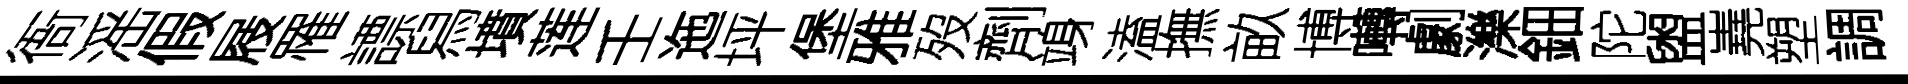
衙滛假屐罹謤舄墳莲壬迤坪堡雅歿劑竧溘撫畝博囀劇濼鈿陀盥嶤塑調